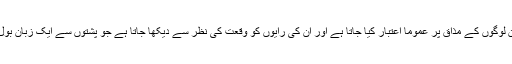
اہلِ زبان اور اختراع کے بارے میں ان کی رائے ہے کہ ان لوگوں کے مذاق پر عموماً اعتبار کیا جاتا ہے اور ان کی رایوں کو وقعت کی نظر سے دیکھا جاتا ہے جو پشتوں سے ایک زبان بول رہے ہیں اور جنہیں عرفِ عام میں اہلِ زبان کہا جاتا ہے۔